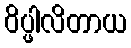
ဝိပ္ဖါလိတာယ